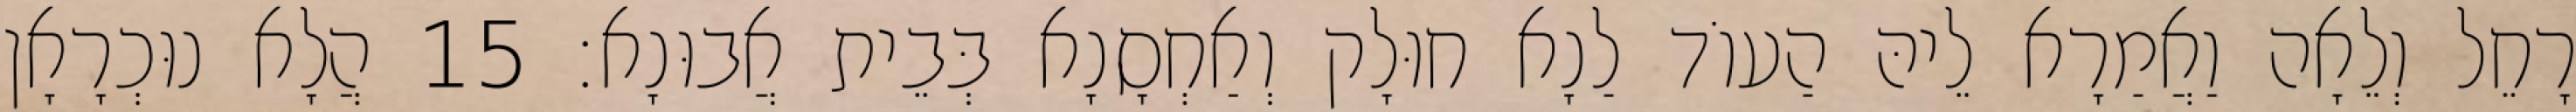
רָחֵל וְלֵאָה וַאֲמַרָא לֵיהּ הַעוֹד לַנָא חוּלָק וְאַחְסָנָא בְּבֵית אֲבוּנָא׃ 15 הֲלָא נוּכְרָאָן